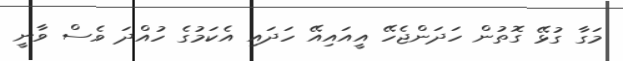
މަގާ ގުޅޭ ގޮތުން ހަދަންޖެހޭ އީއައިއޭ ހަދައި އެކަމުގެ ހުއްދަ ވެސް ވާނީ